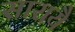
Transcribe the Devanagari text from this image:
सारायै